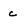
Character: c